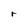
Character: r